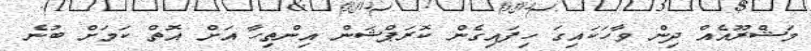
މަޝްރޫއެއް ދިން ވާހަކައިގަ ހިފައިގެން ކޮރަޕްޝަން އިންތިހާ އަށް އޮތް ކަމަށް ބުނެ